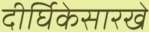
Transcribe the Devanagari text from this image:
दीर्घिकेसारखे